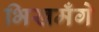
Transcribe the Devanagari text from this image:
भिखमँगे